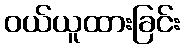
ဝယ်ယူထားခြင်း